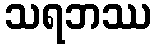
သရဘဿ